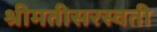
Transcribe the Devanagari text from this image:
श्रीमतीसरस्‍वती